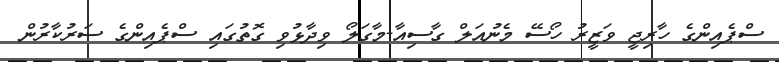
ސްޕެއިންގެ ހާރިޖީ ވަޒީރު ހޯސޭ މެނުއަލް ގާސިއާ-މާގަލޯ ވިދާޅުވި ގޮތުގައި ސްޕެއިންގެ ސަރުކާރުން